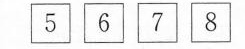
5 6 7 8